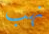
نهب